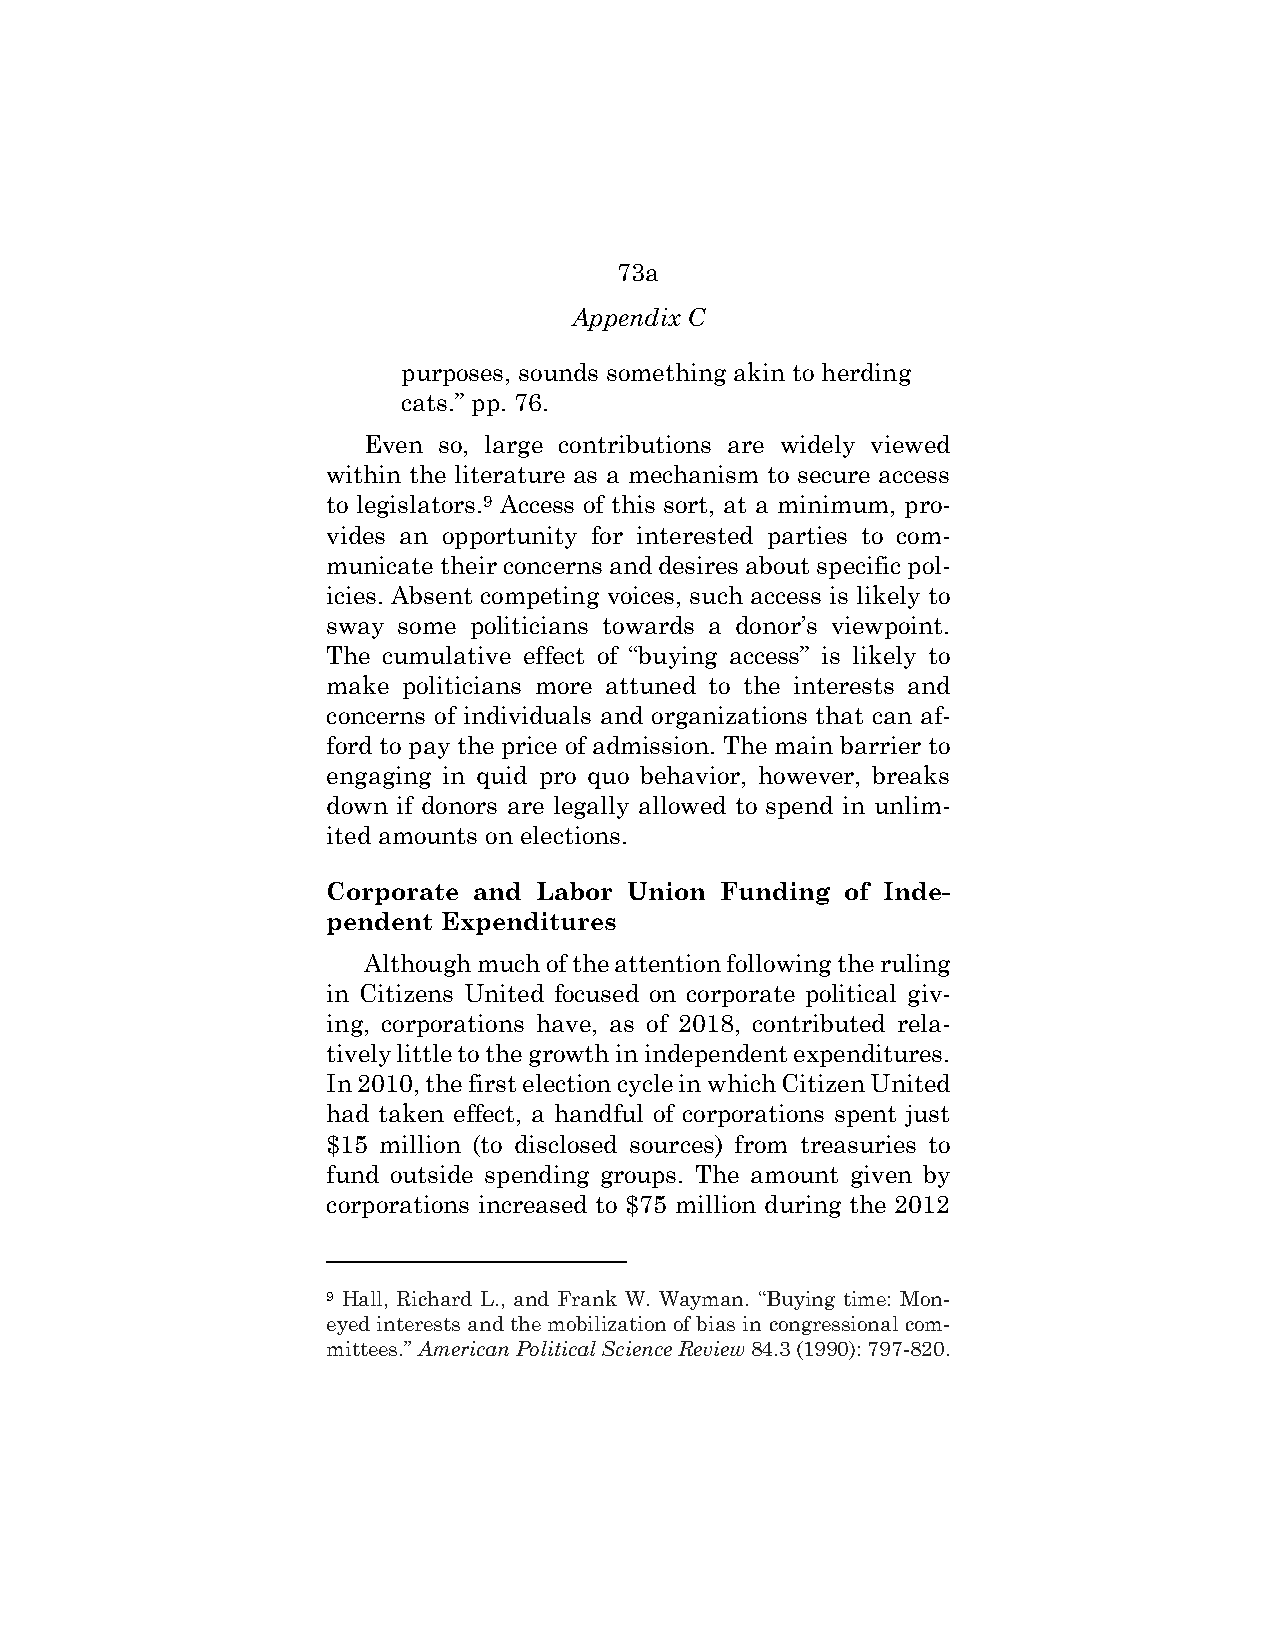
73a
 Appendix C
 purposes, sounds something akin to herding
 cats.” pp. 76.
 Even so, large contributions are widely viewed
 within the literature as a mechanism to secure access
 to legislators.9 Access of this sort, at a minimum, pro-
 vides an opportunity for interested parties to com-
 municate their concerns and desires about specific pol-
 icies. Absent competing voices, such access is likely to
 sway some politicians towards a donor’s viewpoint.
 The cumulative effect of “buying access” is likely to
 make politicians more attuned to the interests and
 concerns of individuals and organizations that can af-
 ford to pay the price of admission. The main barrier to
 engaging in quid pro quo behavior, however, breaks
 down if donors are legally allowed to spend in unlim-
 ited amounts on elections.
 Corporate and Labor Union Funding of Inde-
 pendent Expenditures
 Although much of the attention following the ruling
 in Citizens United focused on corporate political giv-
 ing, corporations have, as of 2018, contributed rela-
 tively little to the growth in independent expenditures.
 In 2010, the first election cycle in which Citizen United
 had taken effect, a handful of corporations spent just
 $15 million (to disclosed sources) from treasuries to
 fund outside spending groups. The amount given by
 corporations increased to $75 million during the 2012
 9 Hall, Richard L., and Frank W. Wayman. “Buying time: Mon-
 eyed interests and the mobilization of bias in congressional com-
 mittees.” American Political Science Review 84.3 (1990): 797-820.